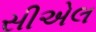
સીએલ